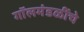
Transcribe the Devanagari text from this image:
गॉलमंडळींचे